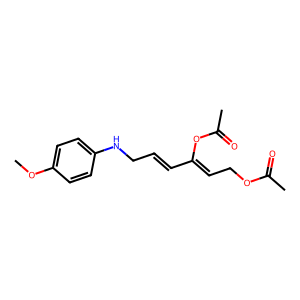
SMILES: COc1ccc(NCC=CC(=CCOC(C)=O)OC(C)=O)cc1
Inhibits HIV replication: No